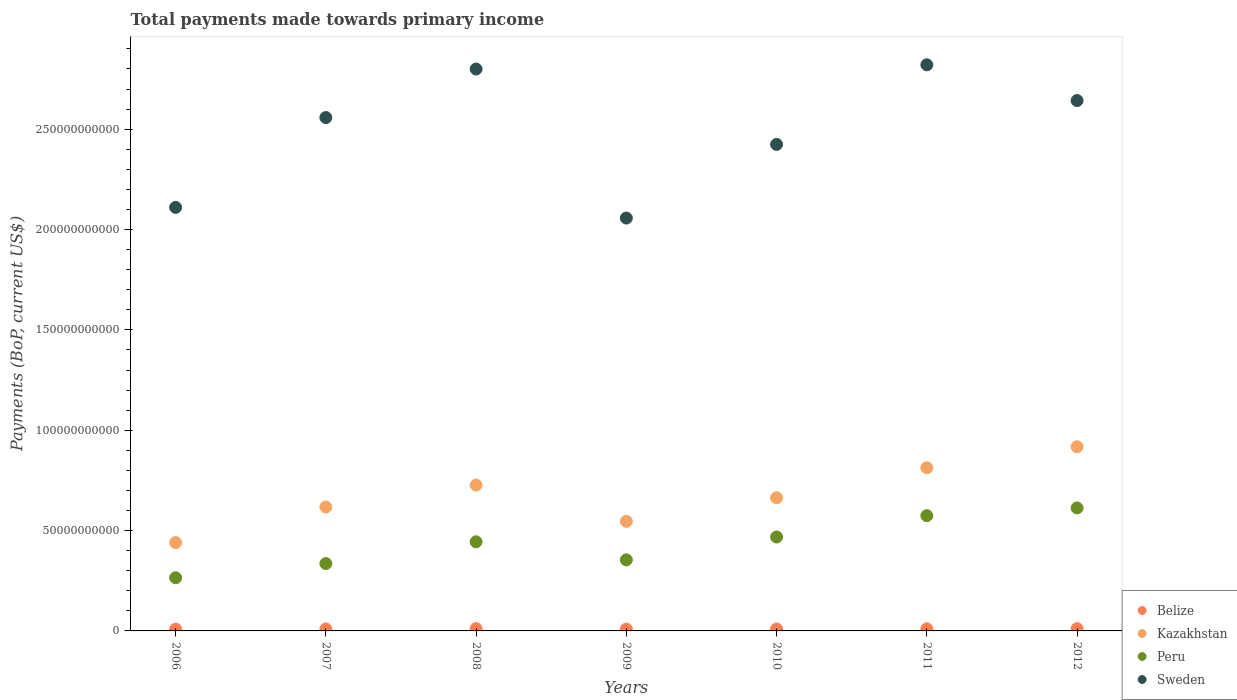
| Years | Belize | Kazakhstan | Peru | Sweden |
 | --- | --- | --- | --- | --- |
 | 2006 | 8.85e+08 | 4.4e+10 | 2.65e+10 | 2.11e+11 |
 | 2007 | 9.69e+08 | 6.18e+10 | 3.36e+10 | 2.56e+11 |
 | 2008 | 1.13e+09 | 7.27e+10 | 4.44e+10 | 2.8e+11 |
 | 2009 | 8.95e+08 | 5.46e+10 | 3.54e+10 | 2.06e+11 |
 | 2010 | 9.72e+08 | 6.63e+10 | 4.68e+10 | 2.42e+11 |
 | 2011 | 1.05e+09 | 8.13e+10 | 5.74e+10 | 2.82e+11 |
 | 2012 | 1.15e+09 | 9.18e+10 | 6.13e+10 | 2.64e+11 |